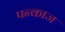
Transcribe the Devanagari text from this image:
पन्काज